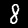
Digit: 8